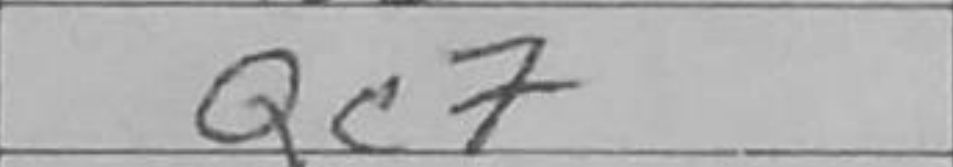
Transcription: Qc7